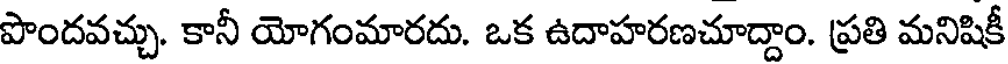
పొందవచ్చు. కానీ యోగంమారదు. ఒక ఉదాహరణచూద్దాం. ప్రతి మనిషికీ